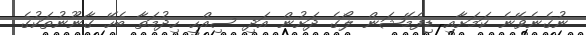
ނުގެނެވޭނެ ކަމަށާއި ޑިފެމޭޝަން ލޯގެ ދަށުން އަދި ސިއްހީ ހިދުމަތާ ބެހޭ ގާނޫނުތަކުގެ